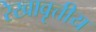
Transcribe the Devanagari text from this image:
रेखावृत्तीय